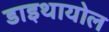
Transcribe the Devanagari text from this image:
डाइथायोल